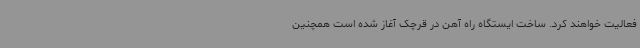
فعالیت خواهند کرد. ساخت ایستگاه راه آهن در قرچک آغاز شده است همچنین